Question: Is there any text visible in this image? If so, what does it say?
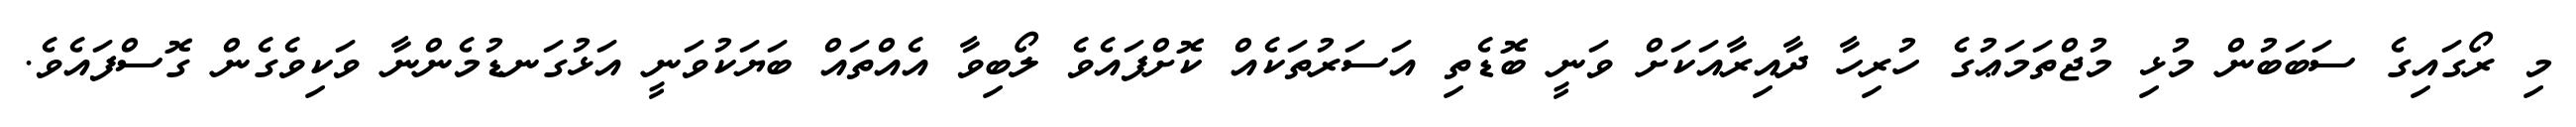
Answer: މި ރޯގައިގެ ސަބަބުން މުޅި މުޖްތަމަޢުގެ ހުރިހާ ދާއިރާއަކަށް ވަނީ ބޮޑެތި އަސަރުތަކެއް ކޮށްފައެވެ ލޯބިވާ އެއްތައް ބަޔަކުވަނީ އަޅުގަނޑުމެންނާ ވަކިވެގެން ގޮސްފައެވެ.